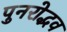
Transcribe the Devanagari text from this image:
पुनरोद्भव